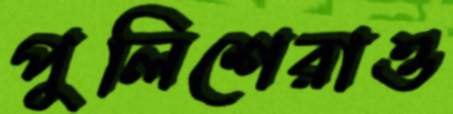
পুলিশেরাও